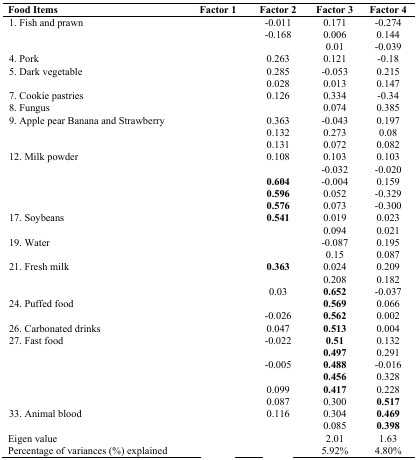
<table><thead><tr><td><b>Food Items</b></td><td><b>Factor 1</b></td><td><b>Factor 2</b></td><td><b>Factor 3</b></td><td><b>Factor 4</b></td></tr></thead><tbody><tr><td>1. Fish and prawn</td><td>[EMPTY_CELL]</td><td>-0.011</td><td>0.171</td><td>-0.274</td></tr><tr><td>[EMPTY_CELL]</td><td>[EMPTY_CELL]</td><td>-0.168</td><td>0.006</td><td>0.144</td></tr><tr><td>[EMPTY_CELL]</td><td>[EMPTY_CELL]</td><td>[EMPTY_CELL]</td><td>0.01</td><td>-0.039</td></tr><tr><td>4. Pork </td><td>[EMPTY_CELL]</td><td>0.263</td><td>0.121</td><td>-0.18</td></tr><tr><td>5. Dark vegetable</td><td>[EMPTY_CELL]</td><td>0.285</td><td>-0.053</td><td>0.215</td></tr><tr><td>[EMPTY_CELL]</td><td>[EMPTY_CELL]</td><td>0.028</td><td>0.013</td><td>0.147</td></tr><tr><td>7. Cookie pastries </td><td>[EMPTY_CELL]</td><td>0.126</td><td>0.334</td><td>-0.34</td></tr><tr><td>8. Fungus </td><td>[EMPTY_CELL]</td><td>[EMPTY_CELL]</td><td>0.074</td><td>0.385</td></tr><tr><td>9. Apple pear Banana and Strawberry </td><td>[EMPTY_CELL]</td><td>0.363</td><td>-0.043</td><td>0.197</td></tr><tr><td>[EMPTY_CELL]</td><td>[EMPTY_CELL]</td><td>0.132</td><td>0.273</td><td>0.08</td></tr><tr><td>[EMPTY_CELL]</td><td>[EMPTY_CELL]</td><td>0.131</td><td>0.072</td><td>0.082</td></tr><tr><td>12. Milk powder</td><td>[EMPTY_CELL]</td><td>0.108</td><td>0.103</td><td>0.103</td></tr><tr><td>[EMPTY_CELL]</td><td>[EMPTY_CELL]</td><td>[EMPTY_CELL]</td><td>-0.032</td><td>-0.020</td></tr><tr><td>[EMPTY_CELL]</td><td>[EMPTY_CELL]</td><td><b>0.604</b></td><td>-0.004</td><td>0.159</td></tr><tr><td>[EMPTY_CELL]</td><td>[EMPTY_CELL]</td><td><b>0.596</b></td><td>0.052</td><td>-0.329</td></tr><tr><td>[EMPTY_CELL]</td><td>[EMPTY_CELL]</td><td><b>0.576</b></td><td>0.073</td><td>-0.300</td></tr><tr><td>17. Soybeans </td><td>[EMPTY_CELL]</td><td><b>0.541</b></td><td>0.019</td><td>0.023</td></tr><tr><td>[EMPTY_CELL]</td><td>[EMPTY_CELL]</td><td>[EMPTY_CELL]</td><td>0.094</td><td>0.021</td></tr><tr><td>19. Water </td><td>[EMPTY_CELL]</td><td>[EMPTY_CELL]</td><td>-0.087</td><td>0.195</td></tr><tr><td>[EMPTY_CELL]</td><td>[EMPTY_CELL]</td><td>[EMPTY_CELL]</td><td>0.15</td><td>0.087</td></tr><tr><td>21. Fresh milk </td><td>[EMPTY_CELL]</td><td><b>0.363</b></td><td>0.024</td><td>0.209</td></tr><tr><td>[EMPTY_CELL]</td><td>[EMPTY_CELL]</td><td>[EMPTY_CELL]</td><td>0.208</td><td>0.182</td></tr><tr><td>[EMPTY_CELL]</td><td>[EMPTY_CELL]</td><td>0.03</td><td><b>0.652</b></td><td>-0.037</td></tr><tr><td>24. Puffed food </td><td>[EMPTY_CELL]</td><td>[EMPTY_CELL]</td><td><b>0.569</b></td><td>0.066</td></tr><tr><td>[EMPTY_CELL]</td><td>[EMPTY_CELL]</td><td>-0.026</td><td><b>0.562</b></td><td>0.002</td></tr><tr><td>26. Carbonated drinks </td><td>[EMPTY_CELL]</td><td>0.047</td><td><b>0.513</b></td><td>0.004</td></tr><tr><td>27. Fast food </td><td>[EMPTY_CELL]</td><td>-0.022</td><td><b>0.51</b></td><td>0.132</td></tr><tr><td>[EMPTY_CELL]</td><td>[EMPTY_CELL]</td><td>[EMPTY_CELL]</td><td><b>0.497</b></td><td>0.291</td></tr><tr><td>[EMPTY_CELL]</td><td>[EMPTY_CELL]</td><td>-0.005</td><td><b>0.488</b></td><td>-0.016</td></tr><tr><td>[EMPTY_CELL]</td><td>[EMPTY_CELL]</td><td>[EMPTY_CELL]</td><td><b>0.456</b></td><td>0.328</td></tr><tr><td>[EMPTY_CELL]</td><td>[EMPTY_CELL]</td><td>0.099</td><td><b>0.417</b></td><td>0.228</td></tr><tr><td>[EMPTY_CELL]</td><td>[EMPTY_CELL]</td><td>0.087</td><td>0.300</td><td><b>0.517</b></td></tr><tr><td>33. Animal blood </td><td>[EMPTY_CELL]</td><td>0.116</td><td>0.304</td><td><b>0.469</b></td></tr><tr><td>[EMPTY_CELL]</td><td>[EMPTY_CELL]</td><td>[EMPTY_CELL]</td><td>0.085</td><td><b>0.398</b></td></tr><tr><td>Eigen value </td><td>[EMPTY_CELL]</td><td>[EMPTY_CELL]</td><td>2.01</td><td>1.63</td></tr><tr><td>Percentage of variances (%) explained</td><td>[EMPTY_CELL]</td><td>[EMPTY_CELL]</td><td>5.92%</td><td>4.80%</td></tr></tbody></table>